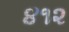
૪૧૨